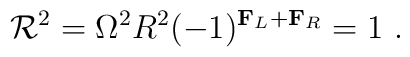
{\cal R}^2 =\Omega^2 R^2 (-1)^{{\bf F}_L + {\bf F}_R} =1\ .